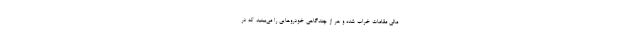
مالی مقامات خراب شده و هر از چندگاهی خودروهایی را می‌بینید که در